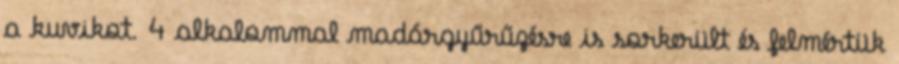
a kuvikot. 4 alkalommal madárgyűrűzésre is sorkerült és felmértük